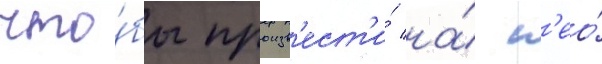
что́бы произв'ест'и́ на́ н'ео́